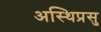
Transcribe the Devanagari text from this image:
अस्थिप्रसु